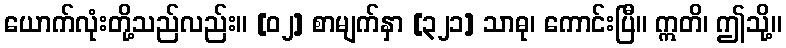
ယောက်လုံးတို့သည်လည်း။ [၀၂] စာမျက်နှာ [၃၂၁] သာဓု၊ ကောင်းပြီ။ ဣတိ၊ ဤသို့။